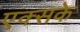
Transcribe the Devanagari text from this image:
एक्सके